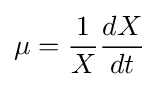
\mu ={\frac {1}{X}}{\frac {dX}{dt}}